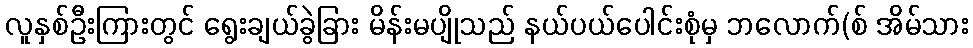
လူနှစ်ဦးကြားတွင် ရွေးချယ်ခွဲခြား မိန်းမပျိုသည် နယ်ပယ်ပေါင်းစုံမှ ဘလောက်(စ် အိမ်သား